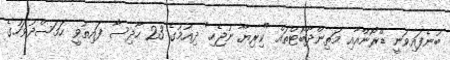
ބުނެފައިވަނީ ޑްރޯންއާއި މަތިންދާބޯޓްތައް "ކިރިޔާ ނުޖެހި" ދިއުމުގެ 23 ހާދިސާ ފައިތުވީ ހަމަސްދުވަހުގެ